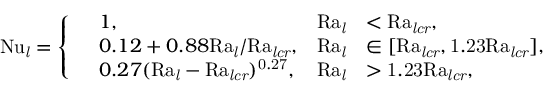
\mathrm { N u \it _ l = \left\{ \begin{array} { r l r l } & { 1 , } & { \mathrm { R a \it _ l } } & { < \mathrm { R a \it _ { l c r } , } } \\ & { 0 . 1 2 + 0 . 8 8 \mathrm { R a \it _ l / \mathrm { R a \it _ { l c r } , } } } & { \mathrm { R a \it _ l } } & { \in [ \mathrm { R a \it _ { l c r } , \mathrm { 1 . 2 3 \mathrm { R a \it _ { l c r } ] , } } } } \\ & { 0 . 2 7 ( \mathrm { R a \it _ l - \mathrm { R a \it _ { l c r } \mathrm { ) ^ { 0 . 2 7 } , } } } } & { \mathrm { R a \it _ l } } & { > \mathrm { 1 . 2 3 R a \it _ { l c r } , } } \end{array} \right. }